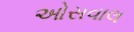
ઓસવાલ